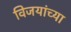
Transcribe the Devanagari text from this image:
विजयांच्या